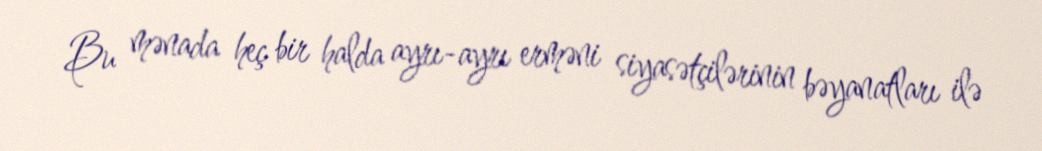
Bu mənada heç bir halda ayrı-ayrı erməni siyasətçilərinin bəyanatları ilə